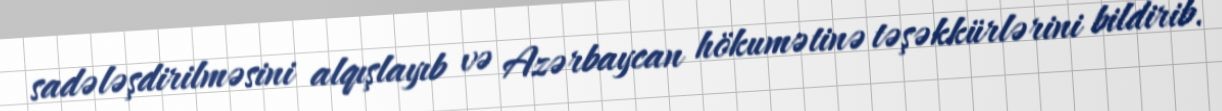
sadələşdirilməsini alqışlayıb və Azərbaycan hökumətinə təşəkkürlərini bildirib.